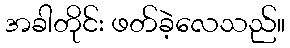
အခါတိုင်း ဖတ်ခဲ့လေသည်။